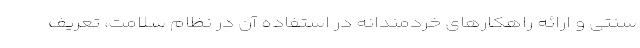
سنتی و ارائه راهکارهای خردمندانه در استفاده آن در نظام سلامت، تعریف